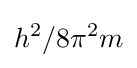
{h^{2}}/{8\pi ^{2}m}